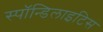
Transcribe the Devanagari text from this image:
स्पॉन्डिलाइटिस